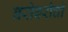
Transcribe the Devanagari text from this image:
बरोबरीची